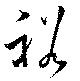
裕